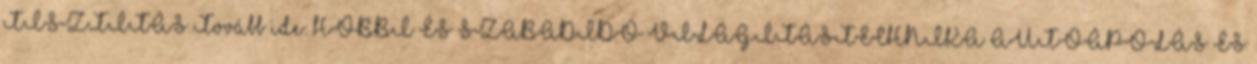
TISZTÍTÁS Tovább ide: HOBBI ÉS SZABADIDŐ VILÁGÍTÁSTECHNIKA AUTÓÁPOLÁS ÉS